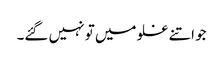
جو اتنے غلو میں تو نہیں گئے۔